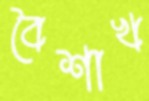
বৈশাখ